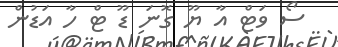
ސޯ ވަޓް އާ ޔޫ ގޮނަ ޑޫ ޓް ހާ އަޑުން